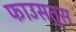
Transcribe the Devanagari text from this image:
फाउसतुस